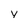
Character: y